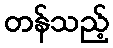
တန်သည့်